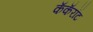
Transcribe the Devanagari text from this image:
कॅकॅरॉट